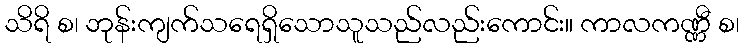
သိရိ စ၊ ဘုန်းကျက်သရေရှိသောသူသည်လည်းကောင်း။ ကာလကဏ္ဏီ စ၊